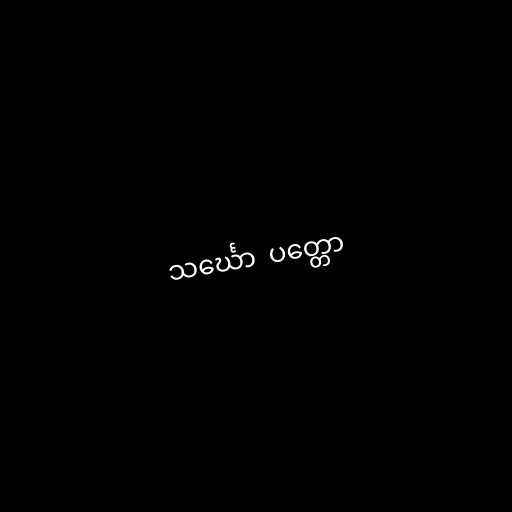
သင်္ဃော  ပတ္တော